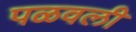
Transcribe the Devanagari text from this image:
पळवली